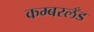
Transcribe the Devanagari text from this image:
कम्बरलँड